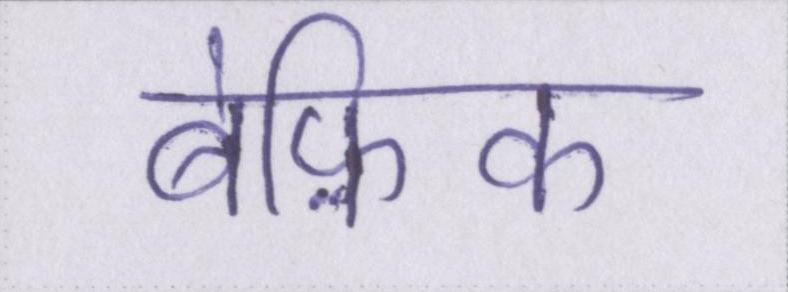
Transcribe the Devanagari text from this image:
बेफ़िक्र